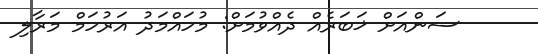
ސަންއަށް ޚަބަރެއް ދެއްވުމަށް: މުހައްމަދު އަރުހަމް މަރާލި